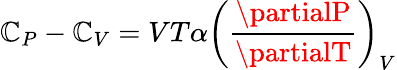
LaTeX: \mathbb{C}_{P}-\mathbb{C}_{V}=VT\alpha\left({\frac{{\partialP}}{{\partialT}}}\right)_{V}